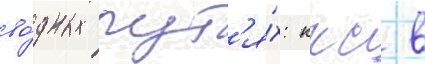
во́дных пут'я́х: ккс в